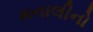
મનાલીનો